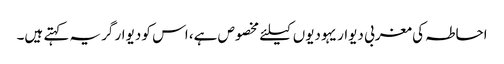
احاطہ کی مغربی دیوار یہودیوں کیلئے مخصوص ہے، اس کو دیوار گریہ کہتے ہیں۔